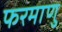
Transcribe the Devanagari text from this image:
फरमाणु